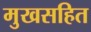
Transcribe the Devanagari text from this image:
मुखसहित